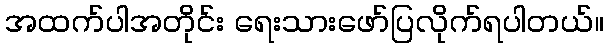
အထက်ပါအတိုင်း ရေးသားဖော်ပြလိုက်ရပါတယ်။